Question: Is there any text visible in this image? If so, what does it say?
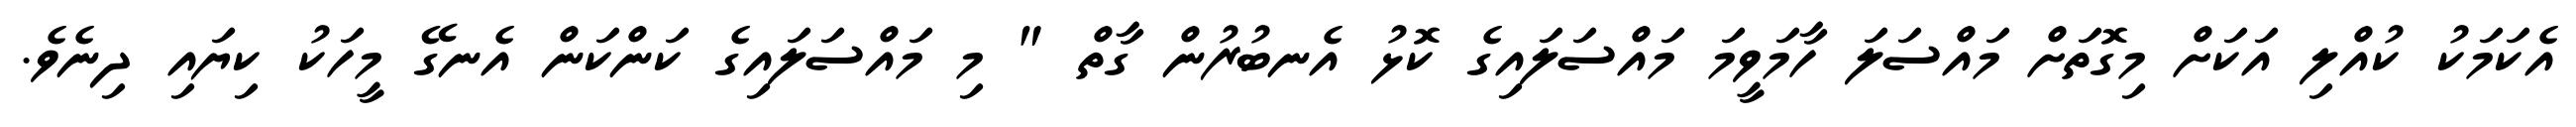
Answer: އެކަމަކު ކުއްލި އަކަށް މިގޮތަށް މައްސަލަ ހާމަވީމަ މައްސަލައިގެ ކޮޅު އެނބުރުން ގާތް " މި މައްސަލައިގެ ކަންކަން އެނގޭ މީހަކު ކިޔައި ދިނެވެ.